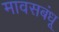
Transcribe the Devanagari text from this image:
मावसबंधू